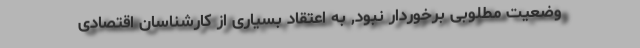
وضعیت مطلوبی برخوردار نبود, به اعتقاد بسیاری از کارشناسان اقتصادی